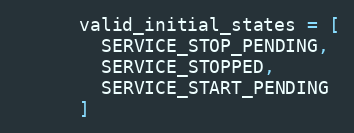
Language: Ruby
      valid_initial_states = [
        SERVICE_STOP_PENDING,
        SERVICE_STOPPED,
        SERVICE_START_PENDING
      ]